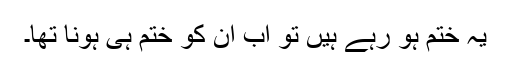
یہ ختم ہو رہے ہیں تو اب ان کو ختم ہی ہونا تھا۔